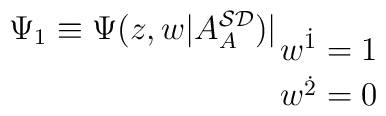
\Psi _{1}\equiv \Psi (z,w|A_{A}^{{\cal SD}})\big |_{\displaystyle{w^{{\dot 1}}=1\atop w^{{\dot 2}}=0}}